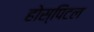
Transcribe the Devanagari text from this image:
होस्पिटल